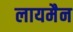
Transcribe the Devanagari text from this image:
लायमैन